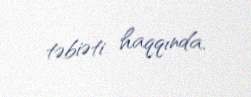
təbiəti haqqında.